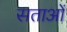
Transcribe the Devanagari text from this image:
सताओं